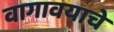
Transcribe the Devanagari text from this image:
वागावयाचे